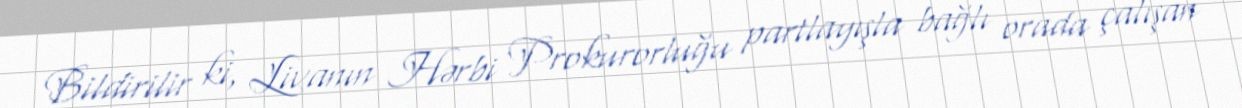
Bildirilir ki, Livanın Hərbi Prokurorluğu partlayışla bağlı orada çalışan